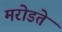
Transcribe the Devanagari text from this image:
मरोडते